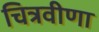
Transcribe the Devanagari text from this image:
चित्रवीणा